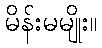
မိန်းမမျိုး။